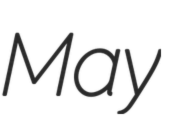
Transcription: May